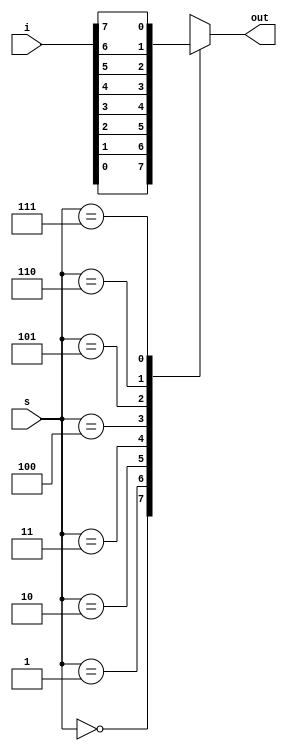
//verilog code for mux8x1 using Bhaviour level modeling.

module mux8x1_b(i,s,out);

input[7:0]i;
input[2:0]s;
output out;
reg out;


always @(*)
begin
case(s)
    3'b000: out = i[0];
	3'b001: out = i[1];
	3'b010: out = i[2];
	3'b011: out = i[3];
	3'b100: out = i[4];
	3'b101: out = i[5];
	3'b110: out= i[6];
	3'b111: out = i[7];
	default: out = 1'bx;
endcase
end
	 
endmodule